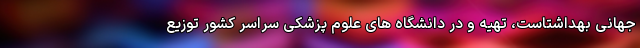
جهانی بهداشتاست، تهیه و در دانشگاه های علوم پزشکی سراسر کشور توزیع